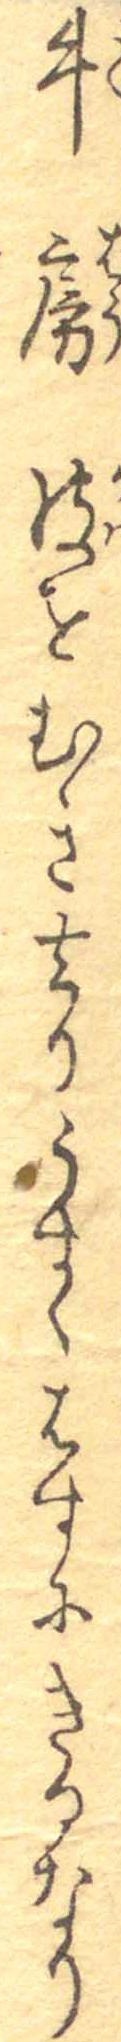
牛房皮をむき去りうすくはすにきるなり